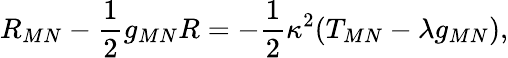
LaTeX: R_{MN}-\frac{1}{2}g_{MN}R=-\frac{1}{2}\kappa^{2}(T_{MN}-\lambda g_{MN}),